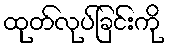
ထုတ်လုပ်ခြင်းကို